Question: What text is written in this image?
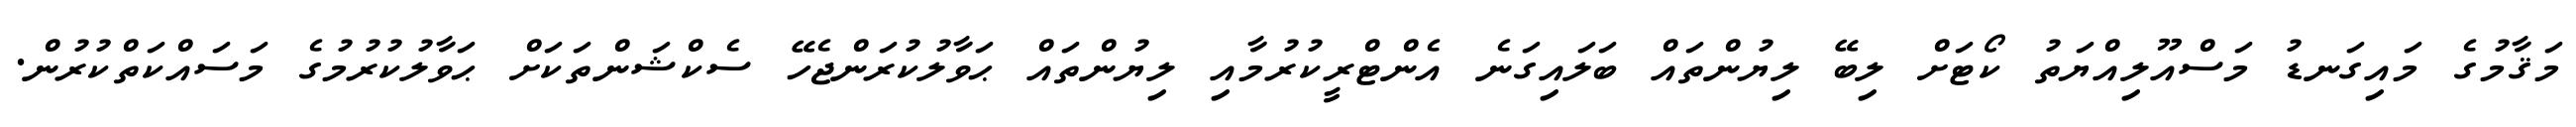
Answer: މަޤާމުގެ މައިގަނޑު މަސްއޫލިއްޔަތު ކޯޓަށް ލިބޭ ލިޔުންތައް ބަލައިގަނެ އެންޓްރީކުރުމާއި ލިޔުންތައް ޙަވާލުކުރަންޖެހޭ ސެކްޝަންތަކަށް ޙަވާލުކުރުމުގެ މަސައްކަތްކުރުން.